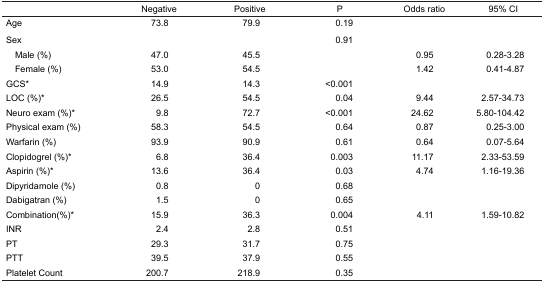
<table><thead><tr><td></td><td><b>Negative</b></td><td><b>Positive</b></td><td><b>P</b></td><td><b>Odds ratio</b></td><td><b>95% CI</b></td></tr></thead><tbody><tr><td>Age</td><td>73.8</td><td>79.9</td><td>0.19</td><td></td><td></td></tr><tr><td>Sex</td><td></td><td></td><td>0.91</td><td></td><td></td></tr><tr><td> Male (%)</td><td>47.0</td><td>45.5</td><td></td><td>0.95</td><td>0.28–3.28</td></tr><tr><td> Female (%)</td><td>53.0</td><td>54.5</td><td></td><td>1.42</td><td>0.41–4.87</td></tr><tr><td>GCS*</td><td>14.9</td><td>14.3</td><td>&lt;0.001</td><td></td><td></td></tr><tr><td>LOC (%)*</td><td>26.5</td><td>54.5</td><td>0.04</td><td>9.44</td><td>2.57–34.73</td></tr><tr><td>Neuro exam (%)*</td><td>9.8</td><td>72.7</td><td>&lt;0.001</td><td>24.62</td><td>5.80–104.42</td></tr><tr><td>Physical exam (%)</td><td>58.3</td><td>54.5</td><td>0.64</td><td>0.87</td><td>0.25–3.00</td></tr><tr><td>Warfarin (%)</td><td>93.9</td><td>90.9</td><td>0.61</td><td>0.64</td><td>0.07–5.64</td></tr><tr><td>Clopidogrel (%)*</td><td>6.8</td><td>36.4</td><td>0.003</td><td>11.17</td><td>2.33–53.59</td></tr><tr><td>Aspirin (%)*</td><td>13.6</td><td>36.4</td><td>0.03</td><td>4.74</td><td>1.16–19.36</td></tr><tr><td>Dipyridamole (%)</td><td>0.8</td><td>0</td><td>0.68</td><td></td><td></td></tr><tr><td>Dabigatran (%)</td><td>1.5</td><td>0</td><td>0.65</td><td></td><td></td></tr><tr><td>Combination(%)*</td><td>15.9</td><td>36.3</td><td>0.004</td><td>4.11</td><td>1.59–10.82</td></tr><tr><td>INR</td><td>2.4</td><td>2.8</td><td>0.51</td><td></td><td></td></tr><tr><td>PT</td><td>29.3</td><td>31.7</td><td>0.75</td><td></td><td></td></tr><tr><td>PTT</td><td>39.5</td><td>37.9</td><td>0.55</td><td></td><td></td></tr><tr><td>Platelet Count</td><td>200.7</td><td>218.9</td><td>0.35</td><td></td><td></td></tr></tbody></table>